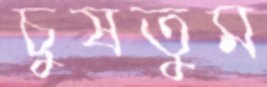
চুষতুম